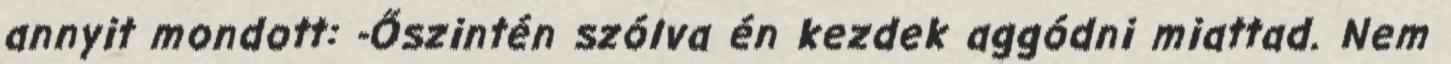
annyit mondott: -Őszintén szólva én kezdek aggódni miattad. Nem